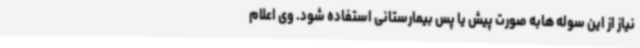
نیاز از این سوله هابه صورت پیش یا پس بیمارستانی استفاده شود. وی اعلام